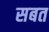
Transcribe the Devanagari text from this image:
सबत